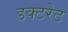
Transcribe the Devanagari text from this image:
डक्टरेट